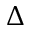
\Delta